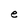
Character: e